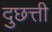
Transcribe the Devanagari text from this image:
दुछत्ती